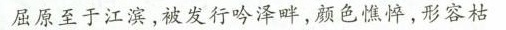
屈原至于江滨，被发行吟泽畔，颜色憔悴，形容枯